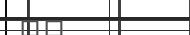
١٩